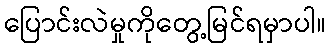
ပြောင်းလဲမှုကိုတွေ့မြင်ရမှာပါ။